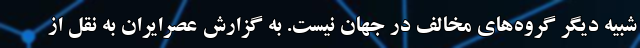
شبیه دیگر گروه‌های مخالف در جهان نیست. به گزارش عصرایران به نقل از